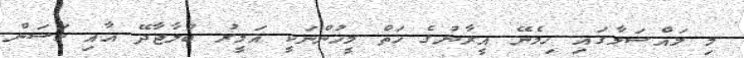
މި މައްސަލާގައި ހިމެނޭ އީރާނުގެ ހަތް މީހުންނަކީ އަމީރު ބުލާޖާދޭ އާއި ހަސަން